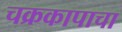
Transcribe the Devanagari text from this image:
चक्रकापाचा